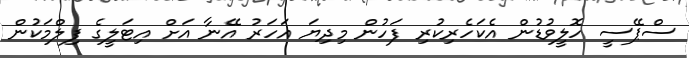
ސްޕޭސީ ހޮލީވުޑުން އެކަހެރިކުރި ފަހުން މިދިޔަ އަހަރު އޭނާ އަށް އިޓަލީގެ ފިލްމަކުން